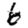
Digit: 6